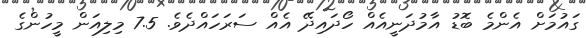
ގައުމަށް އެންމެ ބޮޑު އާމުދަނީއެއް ހޯދައިދޭ އެއް ސަރަހައްދެވެ. 7.5 މިލިއަން މީހުންގެ